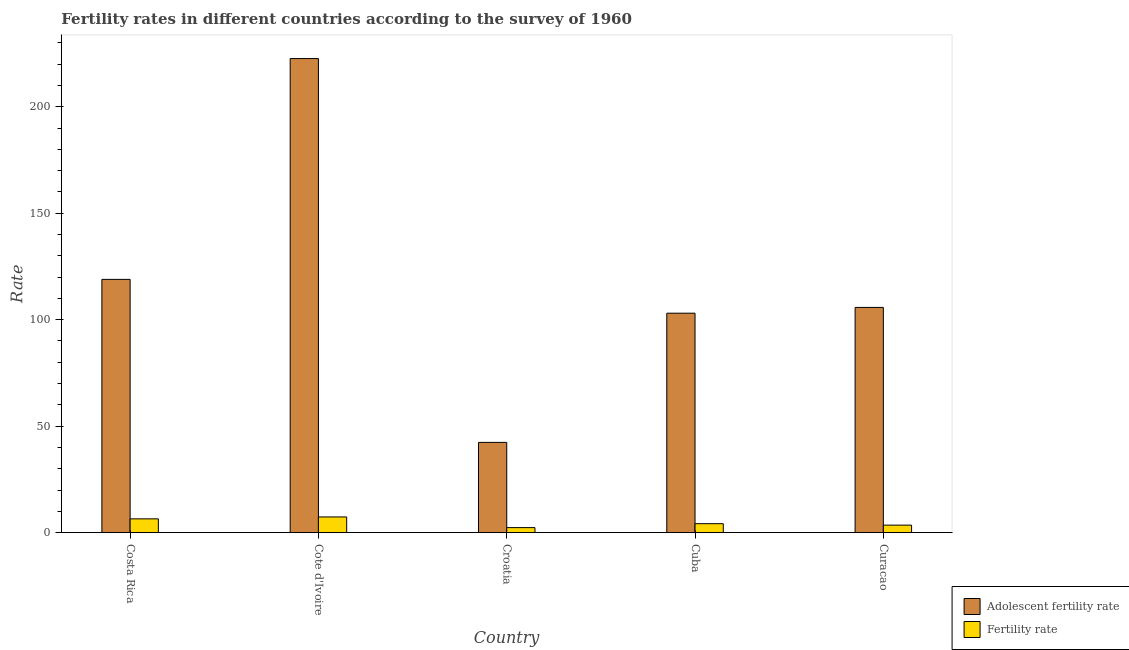
| Country | Adolescent fertility rate | Fertility rate |
 | --- | --- | --- |
 | Costa Rica | 119 | 6.45 |
 | Cote d'Ivoire | 223 | 7.35 |
 | Croatia | 42.4 | 2.33 |
 | Cuba | 103 | 4.18 |
 | Curacao | 106 | 3.5 |